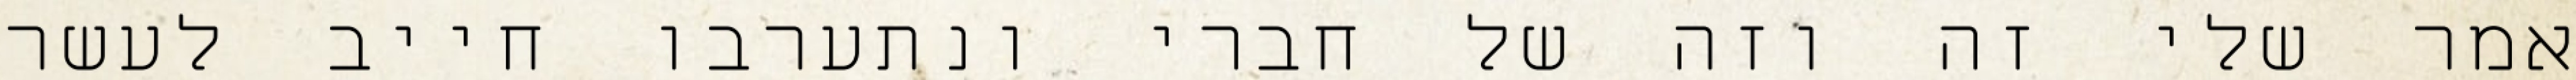
אמר שלי זה וזה של חברי ונתערבו חייב לעשר